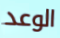
الوعد